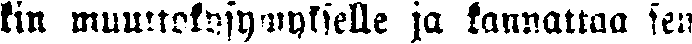
kin muutoskysymykselle ja kannattaa sen